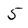
Character: 5